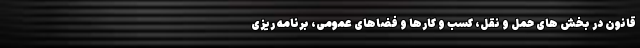
قانون در بخش های حمل و نقل، کسب و کارها و فضاهای عمومی، برنامه ریزی